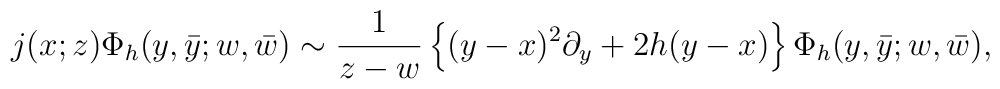
j(x;z)\Phi_h(y,\bar{y};w,\bar{w}) \sim \frac{1}{z-w}\left\{(y-x)^2\partial_y+2h(y-x) \right\}                          \Phi_h(y,\bar{y};w,\bar{w}),